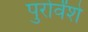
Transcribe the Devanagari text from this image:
पुरोर्वंशे